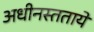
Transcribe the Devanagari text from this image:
अधीनस्ततायें